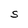
Character: S